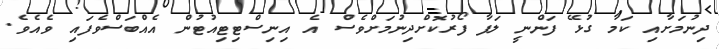
ދިނުމަށާއި ކަމާ ގުޅޭ ފަންނީ ލަފާ ފޯރުކޮށްދިނުމަށްވެސް އެ އިނިސްޓިޓިއުޓުން އެއްބަސްވެފައި ވެއެވެ.